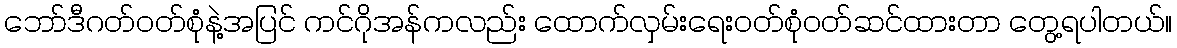
ဘော်ဒီဂတ်ဝတ်စုံနဲ့အပြင် ကင်ဂိုအန်ကလည်း ထောက်လှမ်းရေးဝတ်စုံဝတ်ဆင်ထားတာ တွေ့ရပါတယ်။